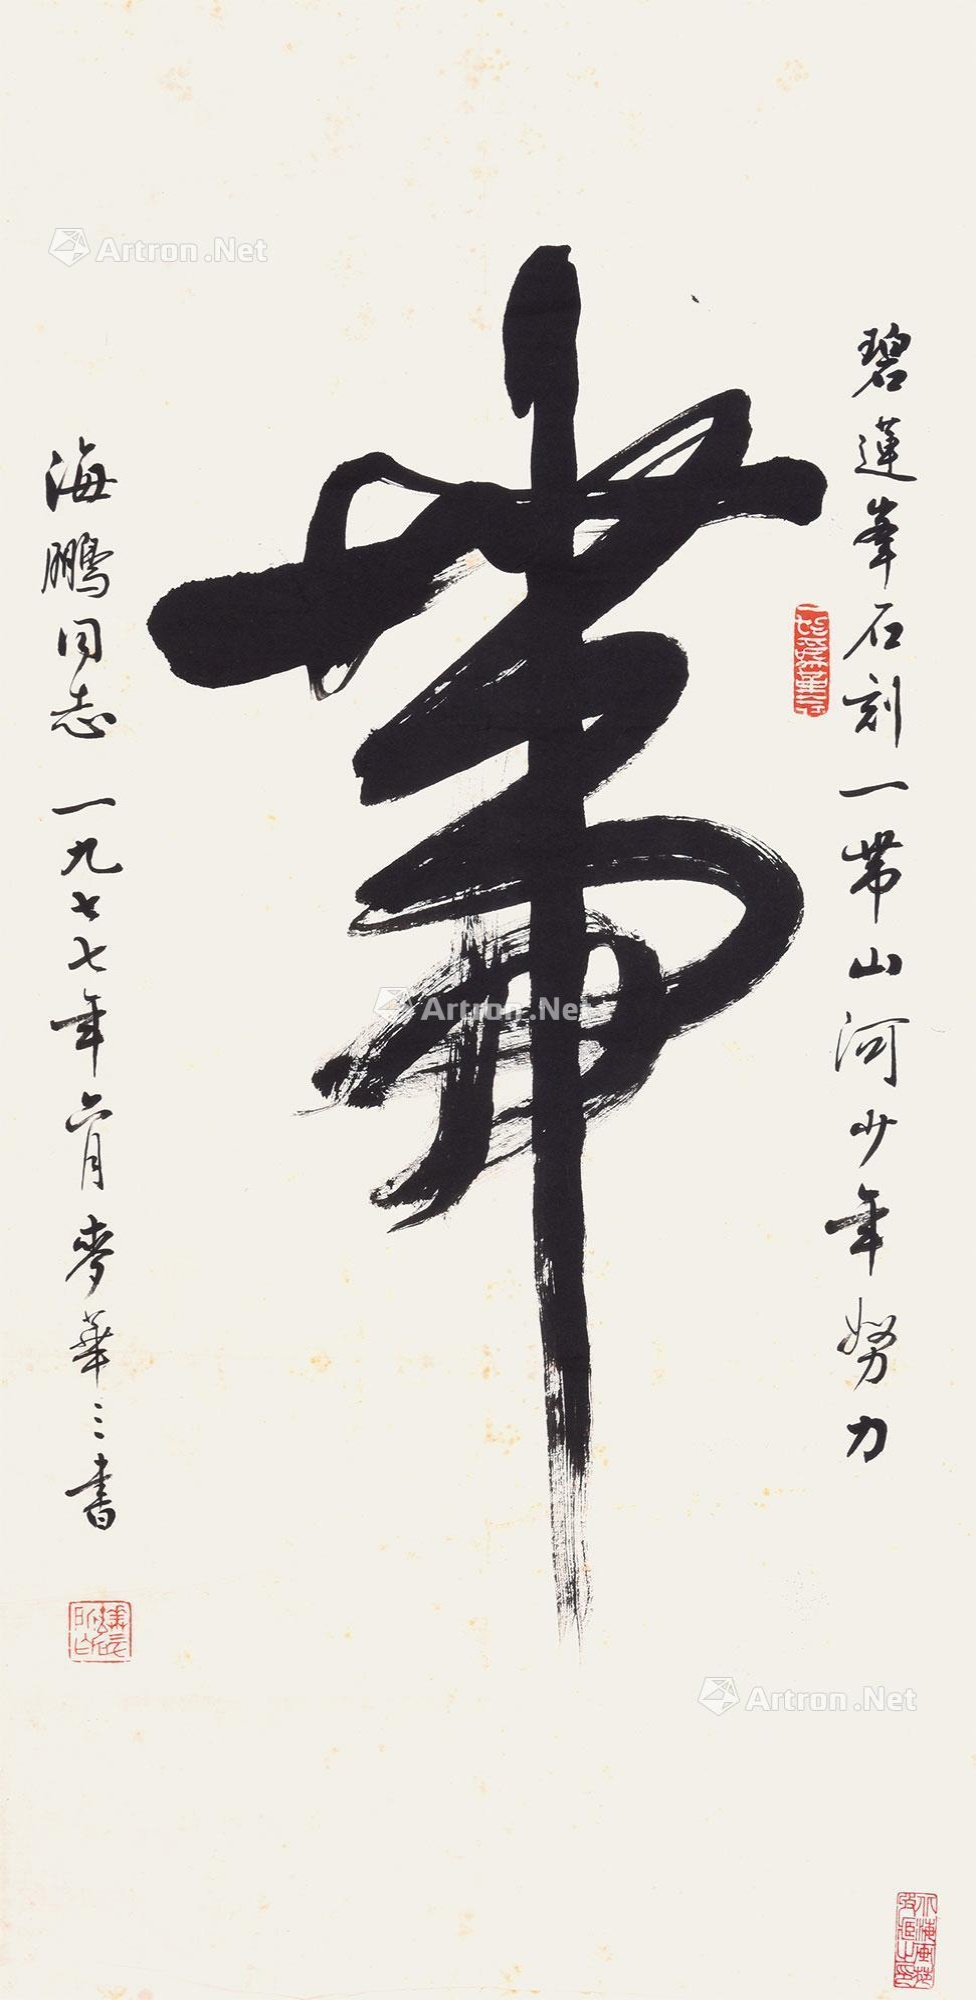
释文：碧莲峰石刻一带山河少年努力,海鹏同志,一九七七年六月麦华三书。